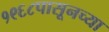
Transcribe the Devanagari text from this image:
१९६८पासूनच्या